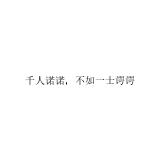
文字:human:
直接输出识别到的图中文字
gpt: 千人诺诺，不如一士谔谔